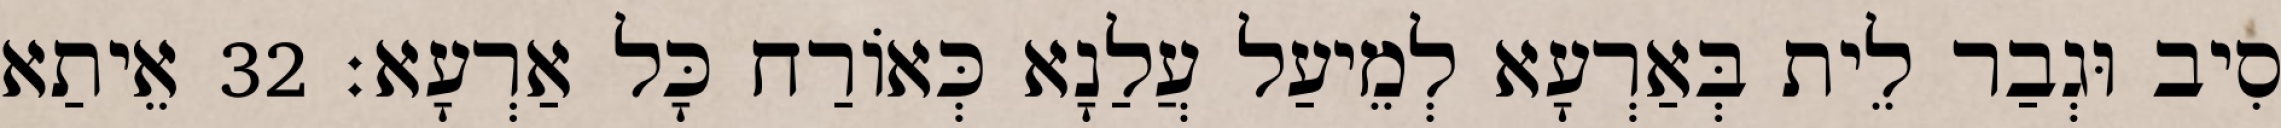
סִיב וּגְבַר לֵית בְּאַרְעָא לְמֵיעַל עֲלַנָא כְּאוֹרַח כָּל אַרְעָא׃ 32 אֵיתַא